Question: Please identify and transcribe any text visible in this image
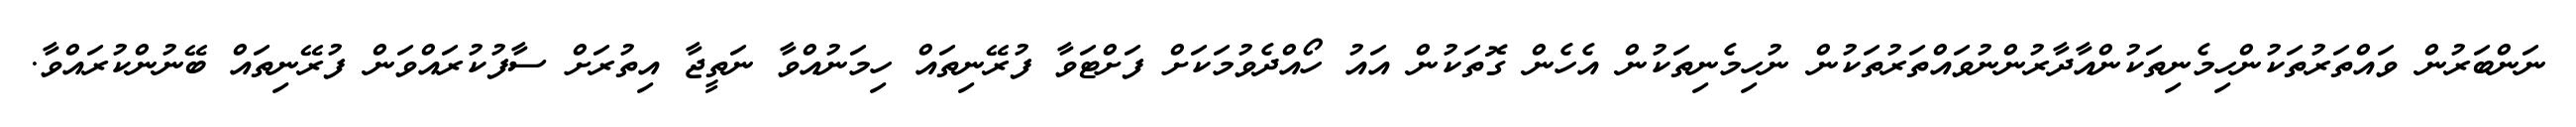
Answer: ނަންބަރުން ވައްތަރުތަކުންހިމެނިތަކުންއާދާރުންނުވައްތަރުތަކުން ނުހިމެނިތަކުން އެހެން ގޮތަކުން އައު ހޯއްދެވުމަކަށް ފަށްޓަވާ ފުރޭނިތައް ހިމަނުއްވާ ނަތީޖާ އިތުރަށް ސާފުކުރައްވަން ފުރޭނިތައް ބޭނުންކުރައްވާ.